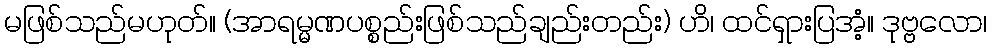
မဖြစ်သည်မဟုတ်။ (အာရမ္မဏပစ္စည်းဖြစ်သည်ချည်းတည်း) ဟိ၊ ထင်ရှားပြအံ့။ ဒုဗ္ဗလော၊